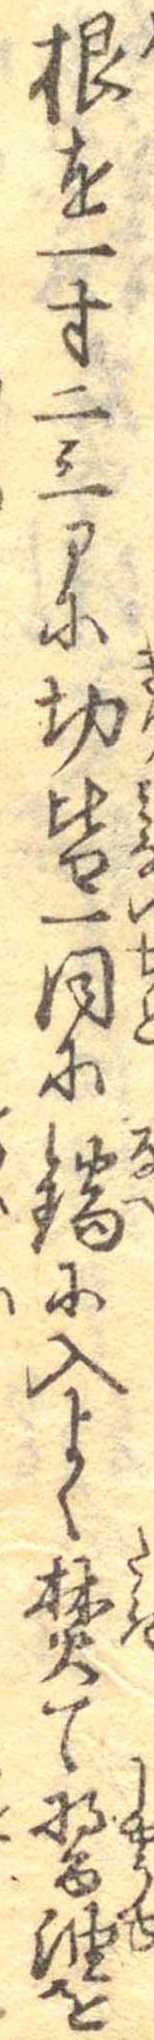
根を一寸二三部に切皆一同に鍋に入よく焚て醤油を